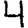
Digit: 4